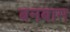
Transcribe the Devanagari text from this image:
बनबाम